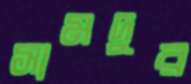
সামদুর